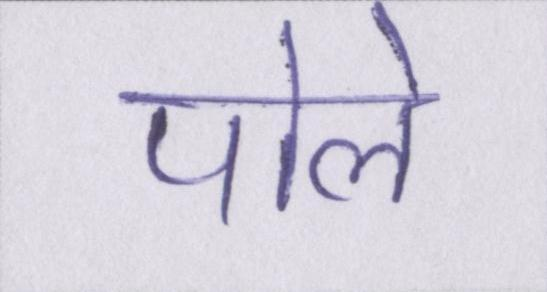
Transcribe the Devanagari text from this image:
पोले